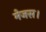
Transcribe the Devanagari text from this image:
मेजस।